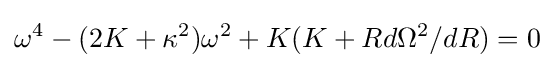
\omega ^{4}-(2K+\kappa ^{2})\omega ^{2}+K(K+Rd\Omega ^{2}/dR)=0